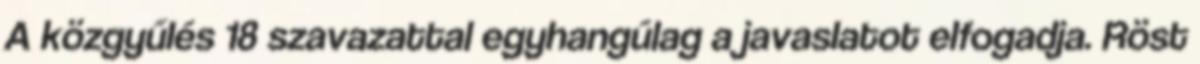
A közgyűlés 18 szavazattal egyhangúlag a javaslatot elfogadja. Röst